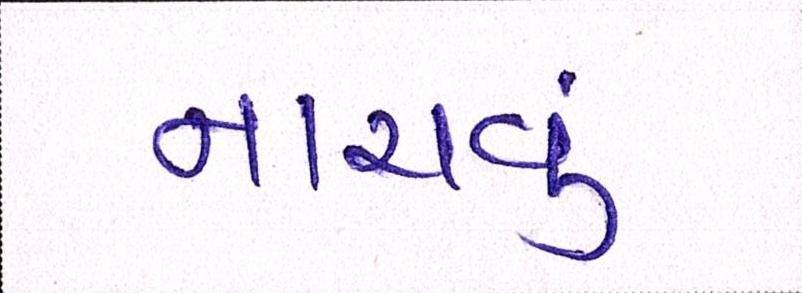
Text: નાચવું